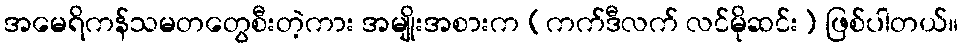
အမေရိကန်သမတတွေစီးတဲ့ကား အမျိုးအစားက (ကက်ဒီလက် လင်မိုဆင်း) ဖြစ်ပါတယ်။